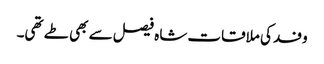
وفد کی ملاقات شاہ فیصل سے بھی طے تھی۔